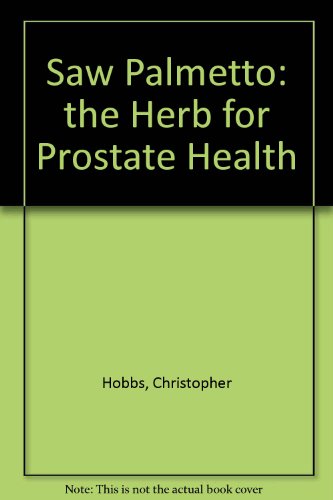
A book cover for Saw Palmetto: The Herb for Prostate Health; Christopher Hobbs; Health, Fitness & Dieting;